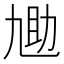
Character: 𫦬